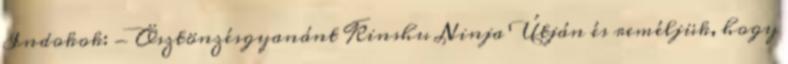
Indokok: - Ösztönzésgyanánt Kinshu Ninja Útján és reméljük, hogy